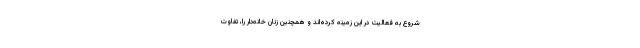
شروع به فعالیت در این زمینه کرده‌اند و همچنین زنان خانه‌دار را، تفاوت